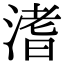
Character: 𣹡